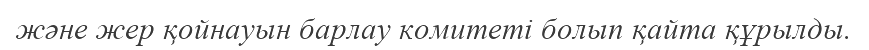
және жер қойнауын барлау комитеті болып қайта құрылды.